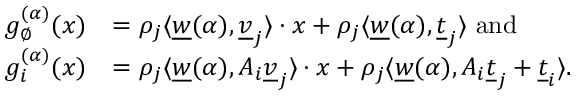
\begin{array} { r l } { g _ { \emptyset } ^ { ( \alpha ) } ( x ) } & { = \rho _ { j } \langle \underline { { w } } ( \alpha ) , \underline { { v } } _ { j } \rangle \cdot x + \rho _ { j } \langle \underline { { w } } ( \alpha ) , \underline { { t } } _ { j } \rangle \mathrm { ~ a n d } } \\ { g _ { i } ^ { ( \alpha ) } ( x ) } & { = \rho _ { j } \langle \underline { { w } } ( \alpha ) , A _ { i } \underline { { v } } _ { j } \rangle \cdot x + \rho _ { j } \langle \underline { { w } } ( \alpha ) , A _ { i } \underline { { t } } _ { j } + \underline { { t } } _ { i } \rangle . } \end{array}